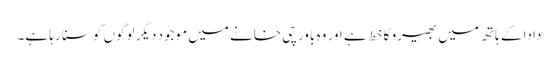
دادا کے ہاتھ میں بھیرو کا خط ہے اور وہ باورچی خانے میں موجود دیگر لوگوں کو سنا رہا ہے۔